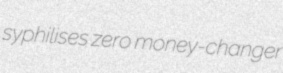
syphilises zero money-changer